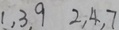
1 , 3 , 9 2 , 4 , 7